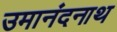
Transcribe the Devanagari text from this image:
उमानंदनाथ